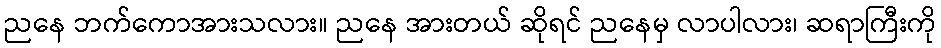
ညနေ ဘက်ကောအားသလား။ ညနေ အားတယ် ဆိုရင် ညနေမှ လာပါလား၊ ဆရာကြီးကို